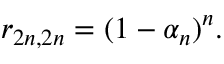
r _ { 2 n , 2 n } = ( 1 - \alpha _ { n } ) ^ { n } .